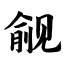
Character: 觎